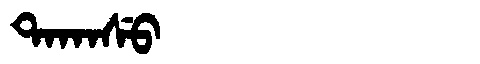
Manchu: ᡨᠠᡴᠠᠰᡠ
Romanization: TAKASU